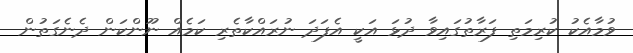
ވުމާއެކު ކުރިމަތި ފަރާތުގައިވާ ދުޅަ އަކީ އެފަދަ ނުރައްކާތެރި ކަމެއް ނޫންކަން ދެނެގަތުން